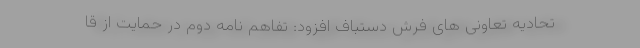
تحادیه تعاونی های فرش دستباف افزود: تفاهم نامه دوم در حمایت از قا